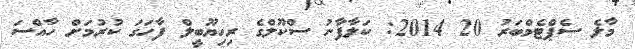
މާލެ ސެޕްޓެމްބަރު 20 2014: ކަލާފާނު ސްކޫލްގެ ރިހިޔޫބީލް ފާހަގަ ކުރުމަށް ހާއްސަ